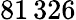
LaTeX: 81\, 326